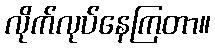
လိုက်လုပ်နေကြတာ။